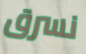
نسرق